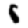
Digit: 8